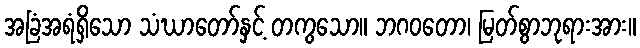
အခြံအရံရှိသော သံဃာတော်နှင့် တကွသော။ ဘဂဝတော၊ မြတ်စွာဘုရားအား။